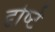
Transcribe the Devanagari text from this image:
दृष्‍टि